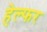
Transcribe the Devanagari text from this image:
हेल्फर